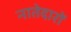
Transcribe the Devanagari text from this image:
नातेदारों